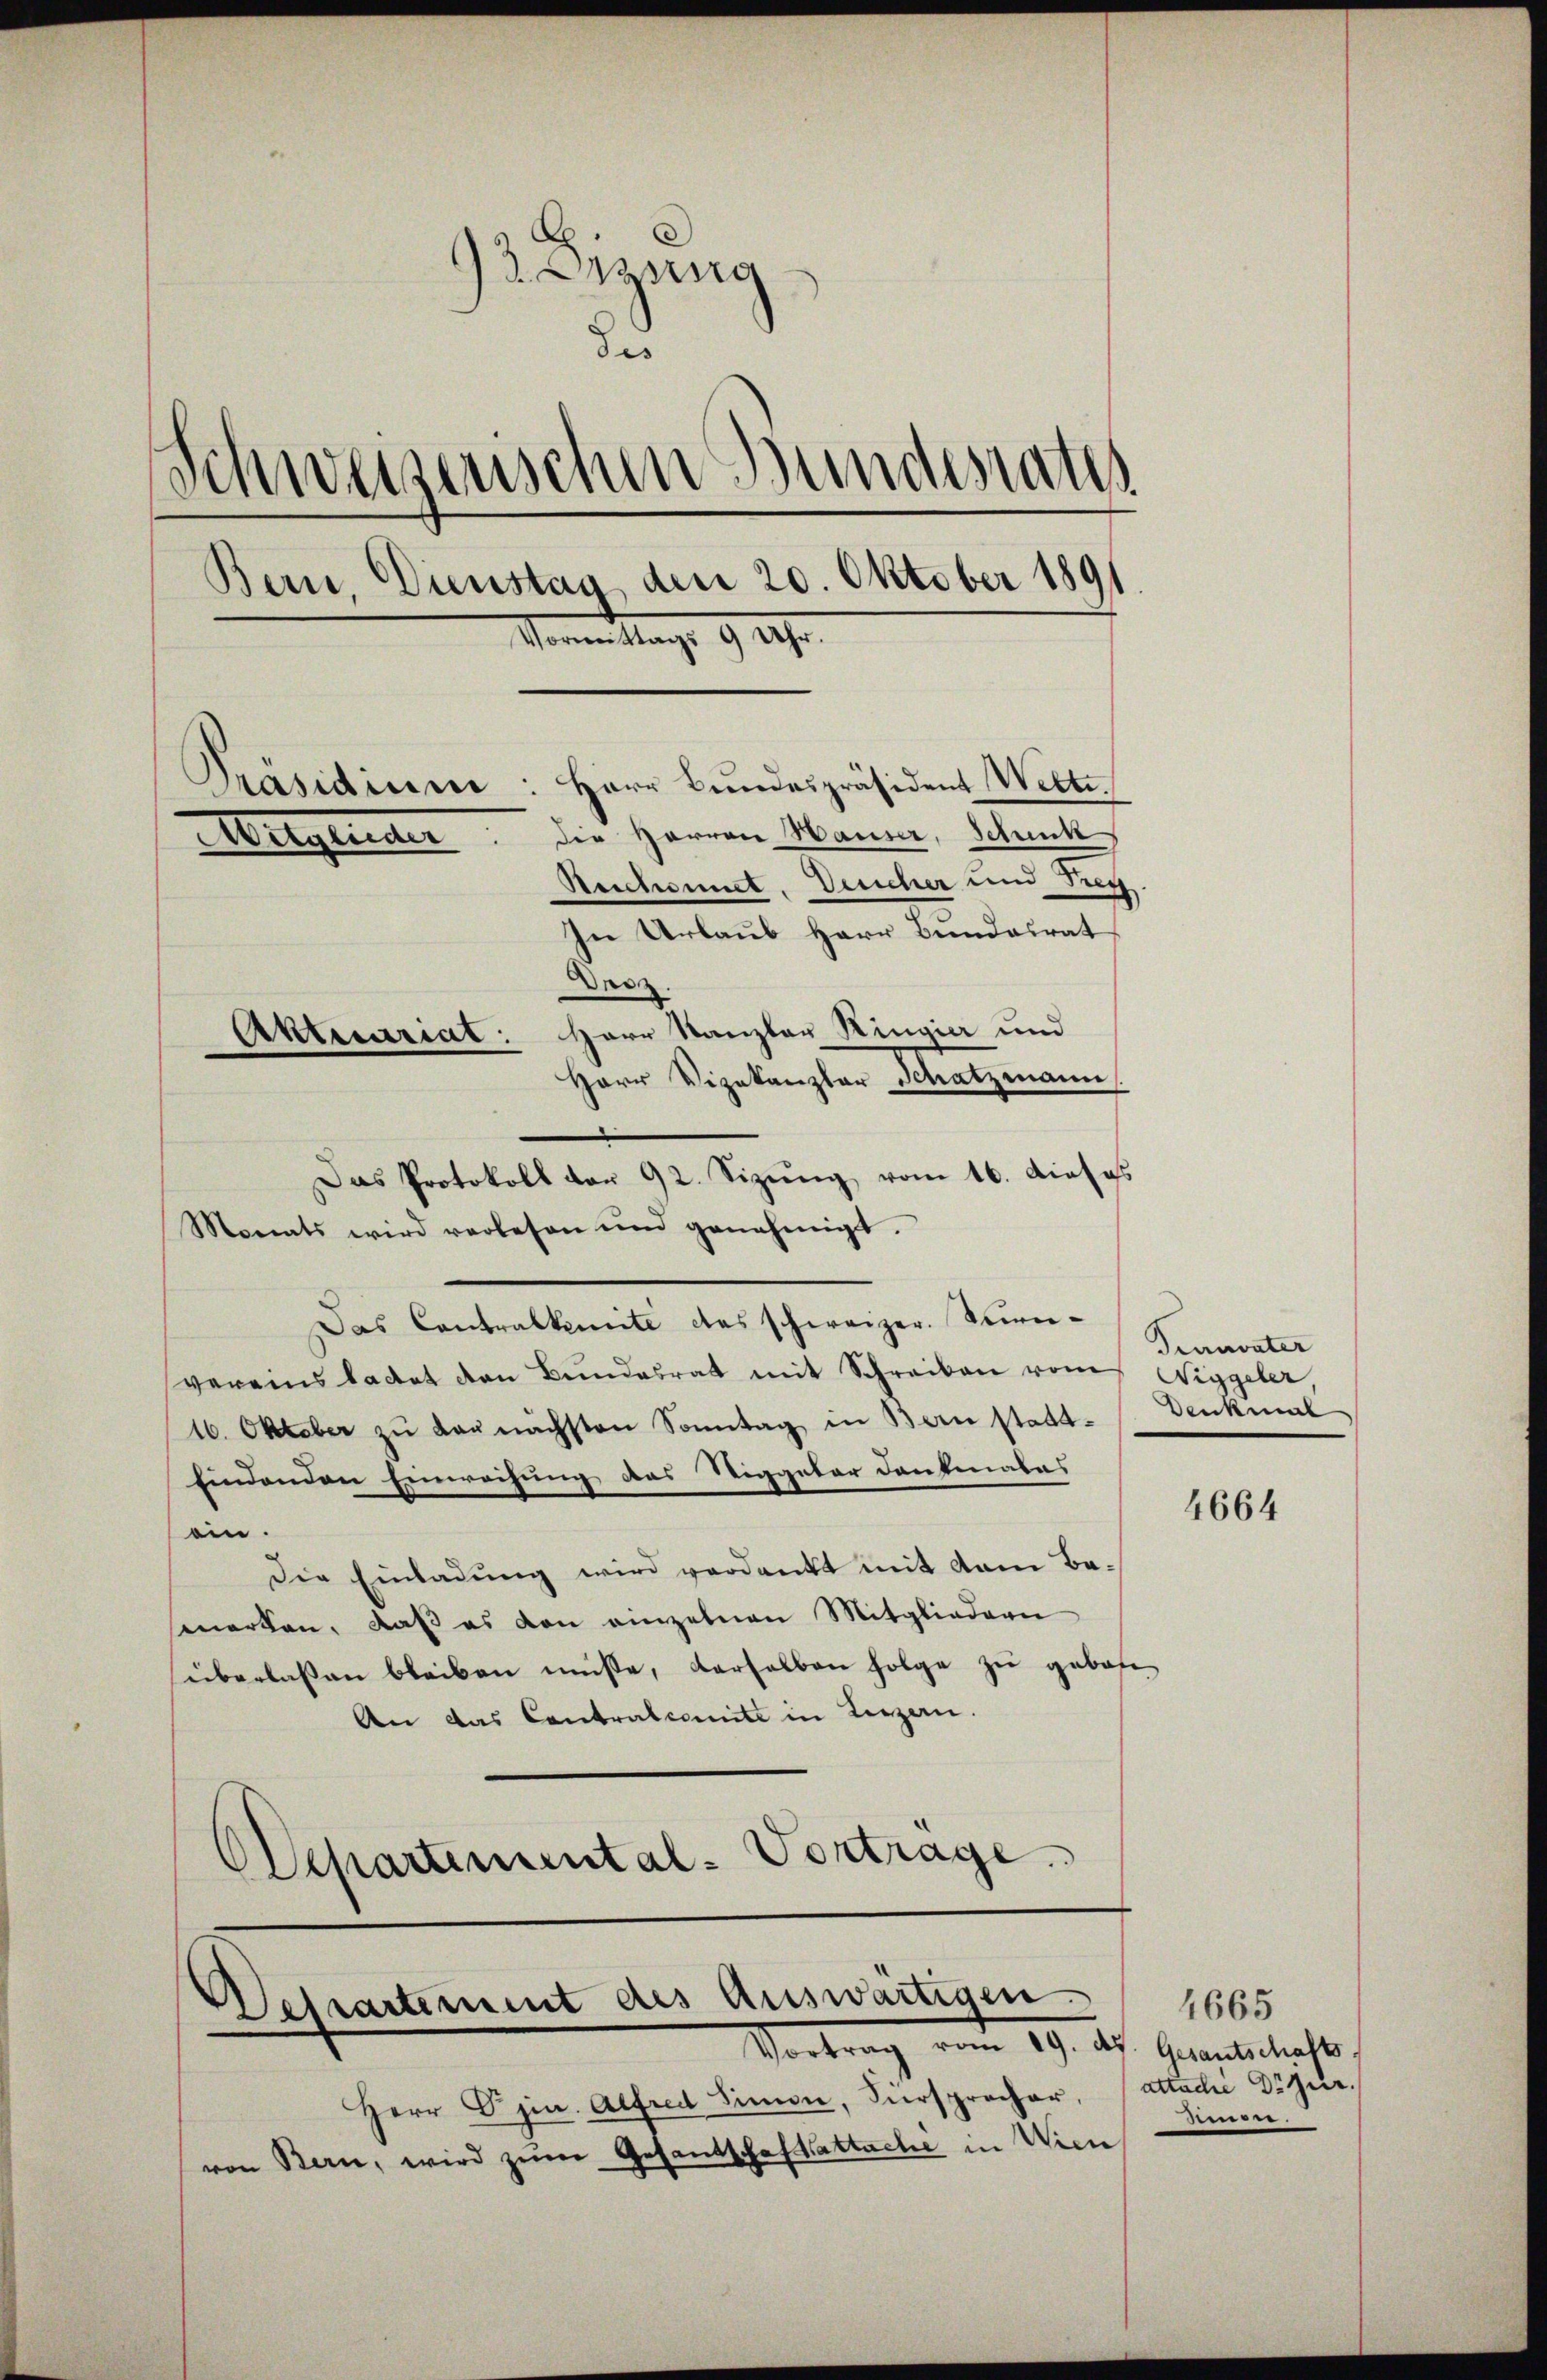
93 Dirung
des
Schweizerischen Bundesrates
Bern, Dienstag den 20. Oktober 1891
Vormittags 9 Uhr.
Präsidium: Herr Bundespräsident Welte.
die Herren Hauser, Schenke
Heglicher
Reichennet. Deucher und Treu
In Urlaub Herr Bundesrat
Des
Akticariat: Herr Kanzler Kingier und
Herr Vizekanzler Schatzmann

Das Contralkomite das schweizer. Streivereins badet den Bundesrat mit Schreiben vom Niggeler,
16. Oktober zŭ Laŭnächsten Sonntag in Bern stadt-Denkmal
findenden Einweihung das Stiggeler Dankmalas
ein.
Die Einladung wird verdankt mit dem Bamerken, daß es von einzelnen Mitgliedern
überlaßen bleiben müsse, derselben folge zu gebote
An das Contralcomite in Luzern.
Olepartemental-Vortrage

Das Protokoll vor 92. Sizung vom 16. dieses
Monats wird verlesen und genehmigt.

Betrartement des Auswärtigen
Vortrag vom 19. dh. Gesantschafts,

Herr Djin. Alfred Simon, Fürsprecher,
von Bern, wird zŭm Gesandschaftattache in Wien

Pueravater

4664

1665
attache Dr jur.
5